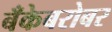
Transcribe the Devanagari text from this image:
बँकेबरोबर